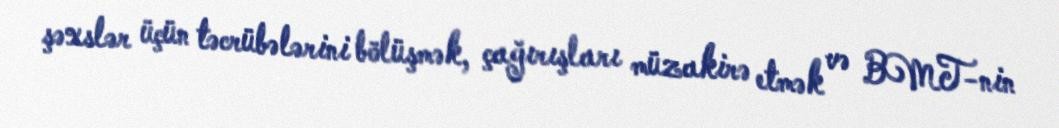
şəxslər üçün təcrübələrini bölüşmək, çağırışları müzakirə etmək və BMT-nin